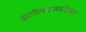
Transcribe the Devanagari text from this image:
यूटीएचएससीएसए